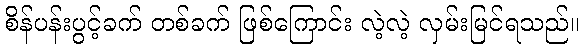
စိန်ပန်းပွင့်ခက် တစ်ခက် ဖြစ်ကြောင်း လဲ့လဲ့ လှမ်းမြင်ရသည်။